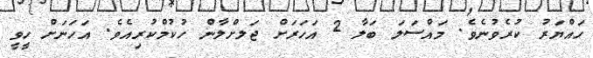
ހައްޔަރު ކުރެވުނެވެ. މައްސަލަ ބަލާ 2 އަހަރަށް ޖަލށްލާން ހުކުމްކުރިއެވެ. އަހަނަށް ހީވީ